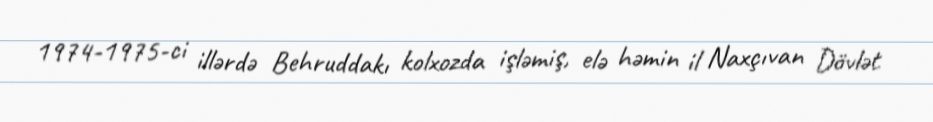
1974-1975-ci illərdə Behruddakı kolxozda işləmiş, elə həmin il Naxçıvan Dövlət